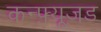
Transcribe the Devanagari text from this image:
कन्फ़्यूज़ड